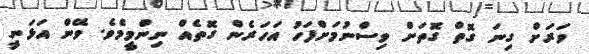
ވަރަށް ގިނަ ގޮތް ގޮތަށް ވިސްނުމަށްފަހު އަހަރެން ގޮތެއް ނިންމީމެވެ. ވޭން އަޅަނީ